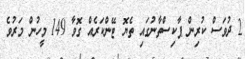
2 ދުވަަސް ކުރިން ޕާކިސްތާނުގައި ތެޔޮ ޓޭންކަރެއް ގޮވާ 149 މީހުން މަރުވެ